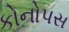
કોનોપસ